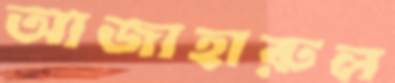
আজাহারুল